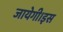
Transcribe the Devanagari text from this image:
जायेगी।इस